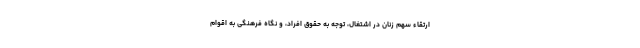
ارتقاء سهم زنان در اشتغال، توجه به حقوق افراد، و نگاه فرهنگی به اقوام